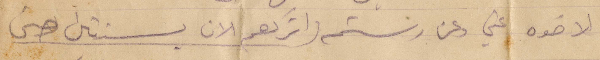
لاخوه عني وعن رستم واتركهم الان بسنتين حتى